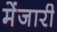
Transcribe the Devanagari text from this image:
मेंजारी